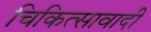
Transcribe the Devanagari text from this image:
चिकित्सावादी